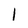
Character: 1